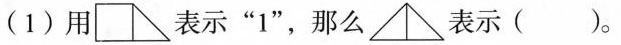
(1)用 表示”1”，那么 表示( )。